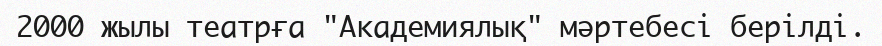
2000 жылы театрға "Академиялық" мәртебесі берілді.